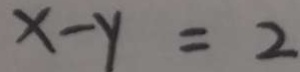
x - y = 2